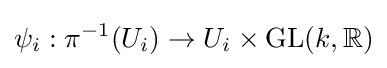
\psi _{i}:\pi ^{-1}(U_{i})\to U_{i}\times \mathrm {GL} (k,\mathbb {R} )